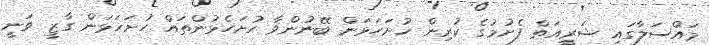
މައްސަލާގައި ޝަރީއަތް ފެށުމުގެ ކުރިން ހުށަހަޅަން ބޭނުންވާ ހުށަހެޅުންތައް ހުށަހަޅަން ގާޒީ ވަނީ